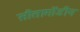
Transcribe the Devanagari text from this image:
सीतागोंडीन